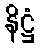
နိဋ္ဌံ